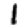
Digit: 1